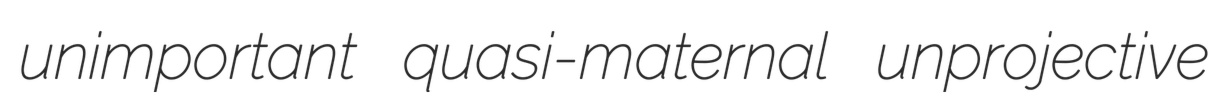
unimportant quasi-maternal unprojective